Indian journal of veterinary science and animal husbandry - Volumes 26-27, 1956-1957
Year: 1956
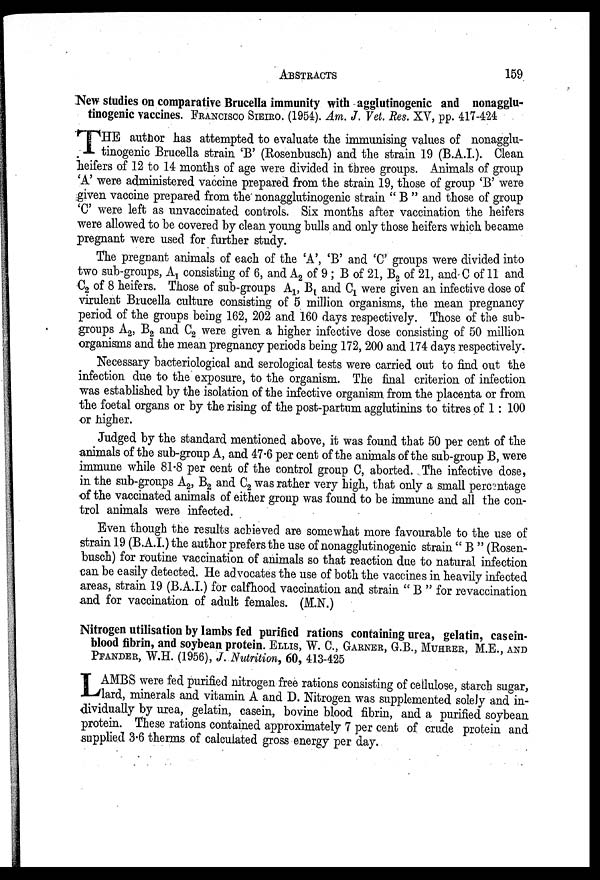
ABSTRACTS
159
New studies on comparative Brucella immunity with agglutinogenic and nonagglu-
tinogenic vaccines. FRANCISCO SIEIRO. (1954). Am. J. Vet. Res. XV, pp. 417-424
T HE author has attempted to evaluate the immunising values of nonagglu-
tinogenic Brucella strain 'B' (Rosenbusch) and the strain 19 (B.A.I.). Clean
heifers of 12 to 14 months of age were divided in three groups. Animals of group
'A' were administered vaccine prepared from the strain 19, those of group 'B' were
given vaccine prepared from the nonagglutinogenic strain "B" and those of group
'C' were left as unvaccinated controls. Six months after vaccination the heifers
were allowed to be covered by clean young bulls and only those heifers which became
pregnant were used for further study.
The pregnant animals of each of the 'A', 'B' and 'C' groups were divided into
two sub-groups, A 1 consisting of 6, and A 2 of 9; B of 21, B 2 of 21, and C of 11 and
C 2 of 8 heifers. Those of sub-groups A 1 , B 1 and C 1 were given an infective dose of
virulent Brucella culture consisting of 5 million organisms, the mean pregnancy
period of the groups being 162, 202 and 160 days respectively. Those of the sub-
groups A 2 , B 2 and C 2 were given a higher infective dose consisting of 50 million
organisms and the mean pregnancy periods being 172, 200 and 174 days respectively.
Necessary bacteriological and serological tests were carried out to find out the
infection due to the exposure, to the organism. The final criterion of infection
was established by the isolation of the infective organism from the placenta or from
the foetal organs or by the rising of the post-partum agglutinins to titres of 1: 100
or higher.
Judged by the standard mentioned above, it was found that 50 per cent of the
animals of the sub-group A, and 47.6 per cent of the animals of the sub-group B, were
immune while 81.8 per cent of the control group C, aborted. The infective dose,
in the sub-groups A 2 , B 2 and C 2 was rather very high, that only a small percentage
of the vaccinated animals of either group was found to be immune and all the con-
trol animals were infected.
Even though the results achieved are somewhat more favourable to the use of
strain 19 (B.A.I.) the author prefers the use of nonagglutinogenic strain "B" (Rosen-
busch) for routine vaccination of animals so that reaction due to natural infection
can be easily detected. He advocates the use of both the vaccines in heavily infected
areas, strain 19 (B.A.I.) for calfhood vaccination and strain "B" for revaccination
and for vaccination of adult females. (M.N.)
Nitrogen utilisation by lambs fed purified rations containing urea, gelatin, casein-
blood fibrin, and soybean protein.ELLIS, W. C., GARNER, G.B., MUHRER, M.E., AND
PFANDER, W.H. (1956), J. Nutrition, 60, 413-425
L AMBS were fed purified nitrogen free rations consisting of cellulose, starch sugar,
lard, minerals and vitamin A and D. Nitrogen was supplemented solely and in-
dividually by urea, gelatin, casein, bovine blood fibrin, and a purified soybean
protein. These rations contained approximately 7 per cent of crude protein and
supplied 3.6 therms of calculated gross energy per day.